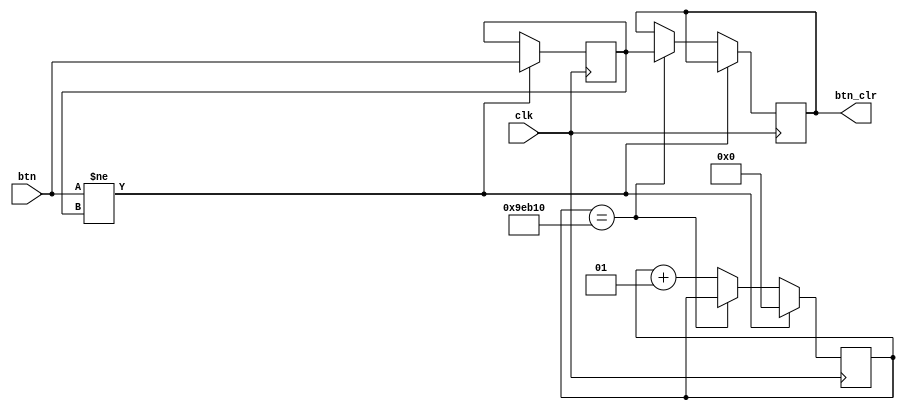
module debounce(clk,btn,btn_clr);

input clk;
input btn;
output reg btn_clr;

parameter delay = 650000; //6.5ms delay
integer count=0;

reg xnew=0;

always @(posedge clk)
if (btn != xnew) 
  begin 
  xnew <= btn; 
  count <= 0; 
  end
else if (count == delay) btn_clr <= xnew;
else count <= count + 1;

endmodule